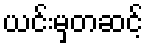
ယင်းမှတဆင့်